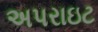
અપરાઇટ